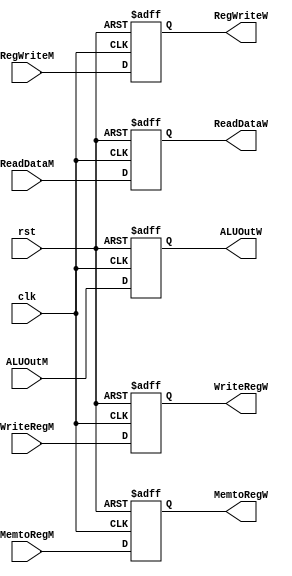
module memory_pipe_reg (
    input wire          clk,
    input wire          rst,
    input wire          RegWriteM,
    input wire          MemtoRegM,
    input wire [31:0]   ReadDataM,
    input wire [31:0]   ALUOutM,
    input wire [4:0]    WriteRegM,
    output reg          RegWriteW,
    output reg          MemtoRegW,
    output reg [31:0]   ReadDataW,
    output reg [31:0]   ALUOutW,
    output reg [4:0]    WriteRegW
);

always @(posedge clk or negedge rst)
begin
    if(!rst)
    begin
        RegWriteW <= 'b0 ;
        MemtoRegW <= 'b0 ;
        ReadDataW <= 'b0 ;
        ALUOutW   <= 'b0 ;
        WriteRegW <= 'b0 ;
    end
    else
    begin
        RegWriteW <= RegWriteM ;
        MemtoRegW <= MemtoRegM ;
        ReadDataW <= ReadDataM ;
        ALUOutW   <= ALUOutM   ;
        WriteRegW <= WriteRegM ;
    end
end

endmodule